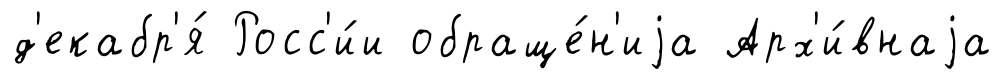
д'екабр'я́ Росс'и́и обраще́н'иjа Арх'и́внаjа